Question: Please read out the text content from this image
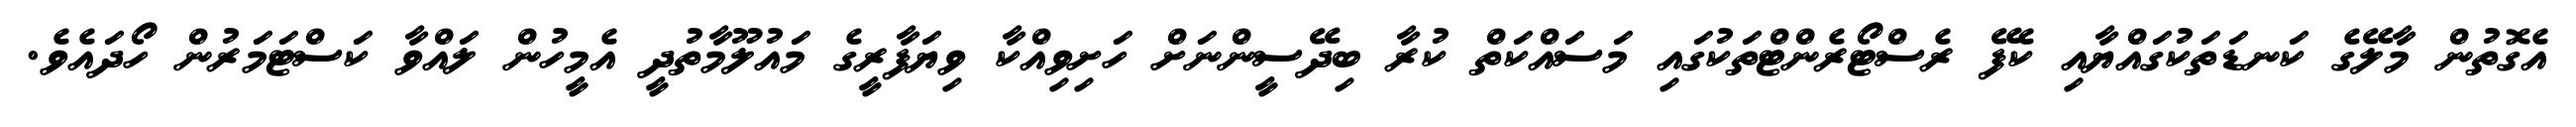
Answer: އެގޮތުން މާލޭގެ ކަނޑަތަކުގައްޔާއި ކެފޭ ރެސްޓޯރެންޓްތަކުގައި މަސައްކަތް ކުރާ ބިދޭސީންނަށް ހަށިވިއްކާ ވިޔަފާރީގެ މައުލޫމާތުދީ އެމީހުން ލައްވާ ކަސްޓަމަރުން ހޯދައެވެ.